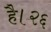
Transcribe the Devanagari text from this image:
है।२६